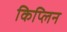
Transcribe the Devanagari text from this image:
किप्लिन